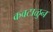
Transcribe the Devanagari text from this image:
कवटाळुन